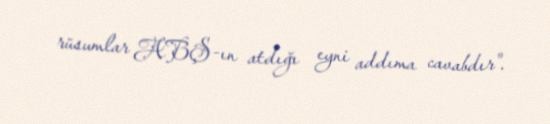
rüsumlar ABŞ-ın atdığı eyni addıma cavabdır".